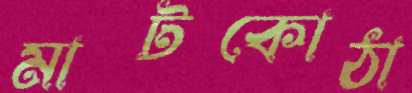
মাটকোঠা